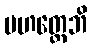
မဟတ္တေဘိ